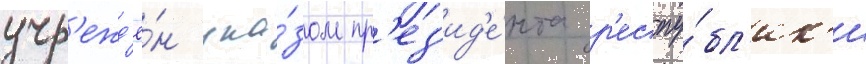
учр'ежд'ё́н ука́зом пр'ез'ид'е́нта р'еспу́бл'ик'и